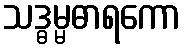
သဒ္ဓမ္မဓာရကော